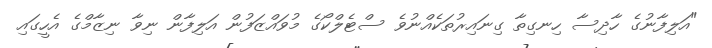
"އަލިފާނުގެ ހާދިސާ ހިނގިތާ ގިނައިރުތަކެއްނުވެ ސްޓެލްކޯގެ މުވައްޒަފުން އަލިފާން ނިވާ ނިޒާމްގެ އެހީގައި